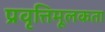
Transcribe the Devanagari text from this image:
प्रवृत्तिमूलकता